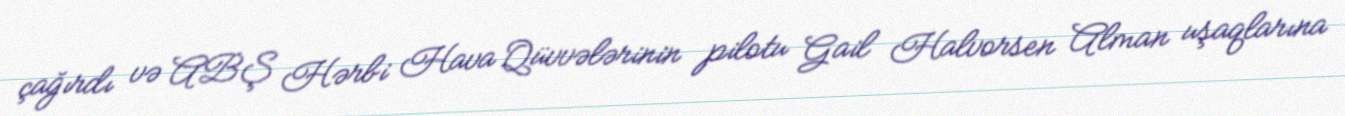
çağırdı və ABŞ Hərbi Hava Qüvvələrinin pilotu Gail Halvorsen Alman uşaqlarına